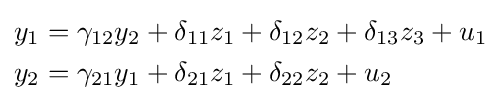
{\begin{aligned}y_{1}&=\gamma _{12}y_{2}+\delta _{11}z_{1}+\delta _{12}z_{2}+\delta _{13}z_{3}+u_{1}\\y_{2}&=\gamma _{21}y_{1}+\delta _{21}z_{1}+\delta _{22}z_{2}+u_{2}\end{aligned}}